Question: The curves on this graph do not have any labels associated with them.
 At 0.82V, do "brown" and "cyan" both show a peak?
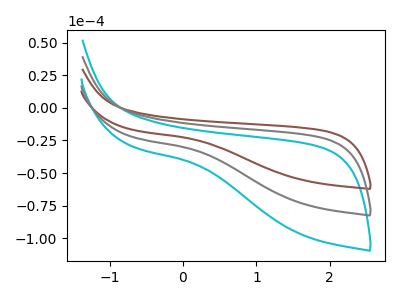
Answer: <think>The cyan curve "cyan" has no peaks. The brown curve "brown" has no peaks. The gray curve "gray" has no peaks.</think>
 <answer>No, "brown" and "cyan" dont share a peak at 0.82V.</answer>
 <eval>mismatch</eval>